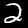
Label: 2